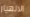
الانهيار